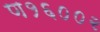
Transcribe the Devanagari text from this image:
ण१६००२